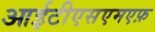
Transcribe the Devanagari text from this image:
आईटीएसएमएफ़